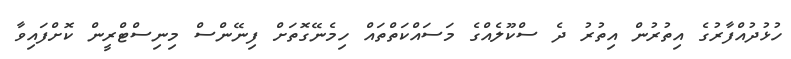
ހުޅުދުއްފާރުގެ އިތުރުން އިތުރު ދެ ސްކޫލެއްގެ މަސައްކަތްތައް ހިމެނޭގޮތަށް ފިނޭންސް މިނިސްޓްރީން ކޮށްފައިވާ